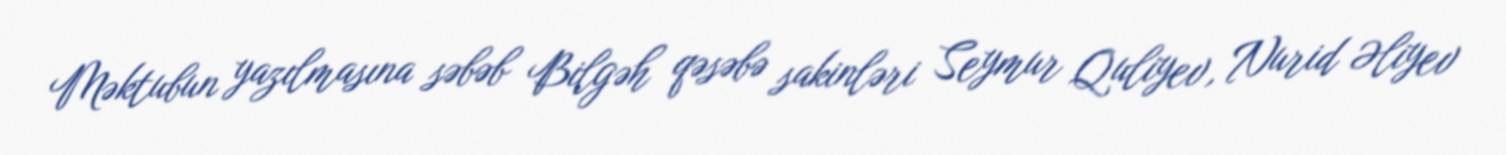
Məktubun yazılmasına səbəb Bilgəh qəsəbə sakinləri Seymur Quliyev, Nurid Əliyev